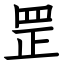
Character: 罡